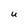
Character: U